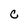
Character: C